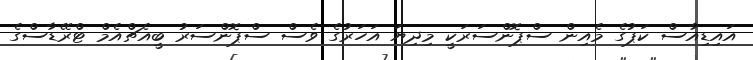
އައިޑިއާސް ކަޕުގެ މެއިން ސްޕޮންސަރަކީ މިދިޔަ އަހަރުގެ ވެސް ސްޕޮންސަރު ބީއެޗްއެމް ޓްރޭޑާސްގެ